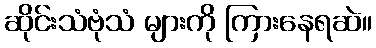
ဆိုင်းသံဗုံသံ များကို ကြားနေရဆဲ။